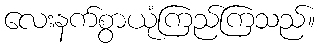
လေးနက်စွာယုံကြည်ကြသည်။